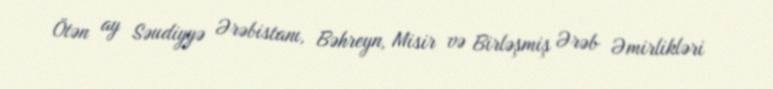
Ötən ay Səudiyyə Ərəbistanı, Bəhreyn, Misir və Birləşmiş Ərəb Əmirlikləri